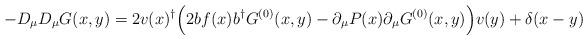
LaTeX: \begin{align*} -D_\mu D_\mu G(x,y)=2v(x)^\dagger \Bigl(2 b f(x) b^\dagger G^{(0)}(x,y) - \partial_\mu P(x) \partial_\mu G^{(0)}(x,y) \Bigr) v(y) + \delta(x-y)\end{align*}